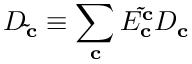
D _ { \mathbf { \tilde { c } } } \equiv \sum _ { \mathbf { c } } E _ { \mathbf { c } } ^ { \mathbf { \tilde { c } } } D _ { \mathbf { c } }